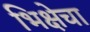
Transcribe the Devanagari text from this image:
भिक्षेचा